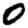
Digit: 0